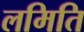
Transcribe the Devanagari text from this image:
लमिति